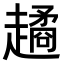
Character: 𧽻